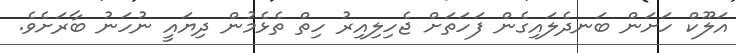
އަލޫކް ހަށަން ބަނދެލައިގެން ފަހަތަށް ޖެހިލިއިރު ހިތް ތެޅެމުން ދިޔައީ ނުހަނު ބާރަށެވެ.